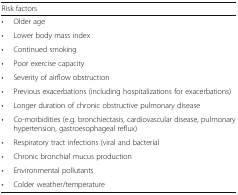
<table><thead><tr><td colspan="2"><b>Risk factors</b></td></tr></thead><tbody><tr><td>•</td><td>Older age</td></tr><tr><td>•</td><td>Lower body mass index</td></tr><tr><td>•</td><td>Continued smoking</td></tr><tr><td>•</td><td>Poor exercise capacity</td></tr><tr><td>•</td><td>Severity of airflow obstruction</td></tr><tr><td>•</td><td>Previous exacerbations (including hospitalizations for exacerbations)</td></tr><tr><td>•</td><td>Longer duration of chronic obstructive pulmonary disease</td></tr><tr><td>•</td><td>Co-morbidities (e.g. bronchiectasis, cardiovascular disease, pulmonary hypertension, gastroesophageal reflux)</td></tr><tr><td>•</td><td>Respiratory tract infections (viral and bacterial</td></tr><tr><td>•</td><td>Chronic bronchial mucus production</td></tr><tr><td>•</td><td>Environmental pollutants</td></tr><tr><td>•</td><td>Colder weather/temperature</td></tr></tbody></table>